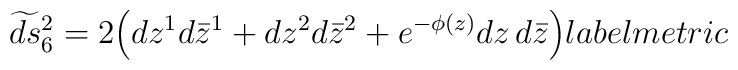
\widetilde{ds}{}_6^{2}=2\Bigl(dz^{1}d\bar{z}^{1}+ dz^{2}d\bar{z}^{2}+ e^{-\phi(z)} dz \,d\bar{z} \Bigr)\